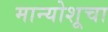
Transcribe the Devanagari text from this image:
मान्योशूचा